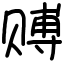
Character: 赙